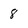
Character: 8